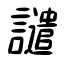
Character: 譴